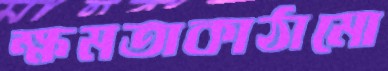
ক্ষমতাকাঠামো